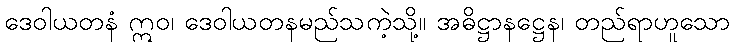
ဒေဝါယတနံ ဣဝ၊ ဒေဝါယတနမည်သကဲ့သို့။ အဓိဋ္ဌာနဋ္ဌေန၊ တည်ရာဟူသော